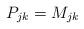
LaTeX: \begin{align*} P_{jk}=M_{jk} \end{align*}